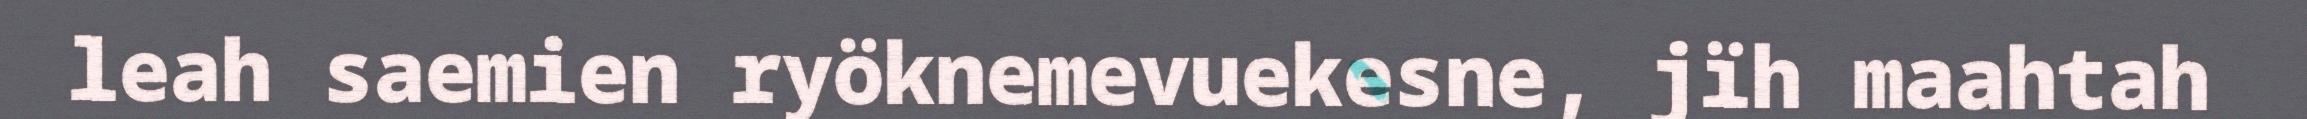
leah saemien ryöknemevuekesne, jïh maahtah